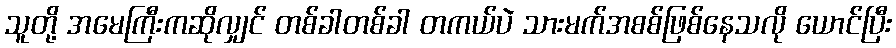
သူတို့ အမေကြီးကဆိုလျှင် တစ်ခါတစ်ခါ တကယ်ပဲ သားမက်အစစ်ဖြစ်နေသလို ယောင်ပြီး